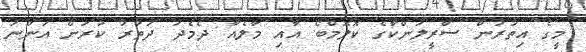
މީގެ އިތުރުން ސްރީލަންކާގެ ކޮލޮމްބޯ އާއި މާލެއާ ދެމެދު ދަތުރު ކުރަން އަންނަ